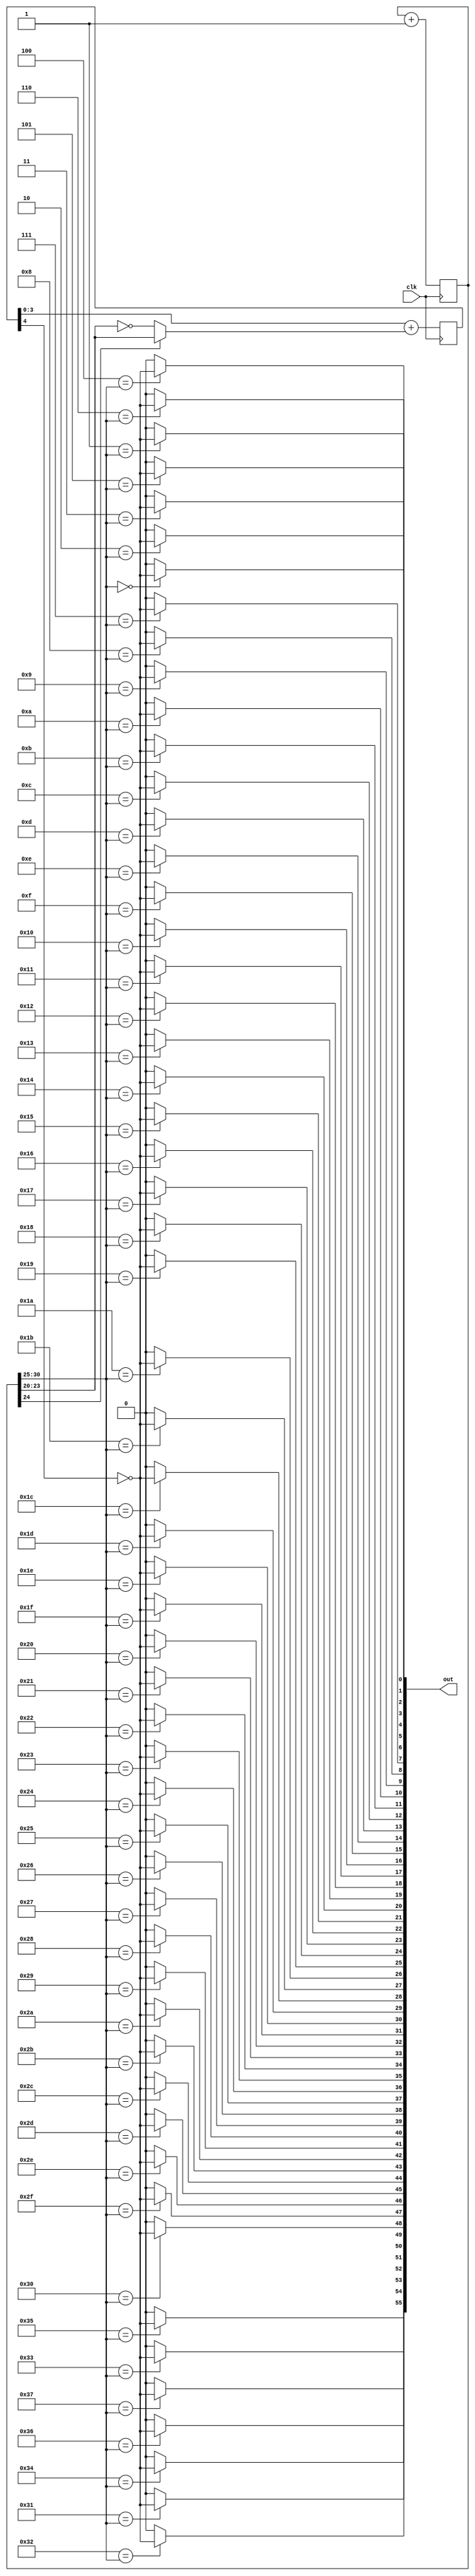
module led_glow(clk, out);
	parameter NOUT = 55;
	input clk;
	output [NOUT:0] out;

	reg [30:0] cnt;
	wire [NOUT:0] out;

	always @(posedge clk) begin
		cnt = cnt+1;
	end

	wire [3:0] PWM_input1 = cnt[24] ? cnt[23:20] : ~cnt[23:20];    // ramp the PWM input up and down

	reg [4:0] PWM1;
	always @(posedge clk) PWM1 <= PWM1[3:0]+PWM_input1;

	// http://www.rhinocerus.net/forum/lang-verilog/167265-sized-genvar.html
	genvar i;
	generate
	for (i=6'd0;i<(NOUT+6'd1);i=i+6'd1)
	begin : foo
	  assign out[i] = (i[5:0]==cnt[30:25]) ? (~PWM1[4]) : 1'd0;
	end
	endgenerate

endmodule